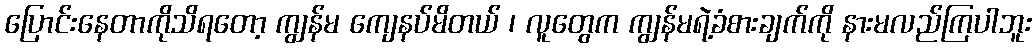
ပြောင်းနေတာကိုသိရတော့ ကျွန်မ ကျေနပ်မိတယ် ၊ လူတွေက ကျွန်မရဲ့ခံစားချက်ကို နားမလည်ကြပါဘူး